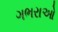
ગભરાઓ